Lunatic asylums in Bengal annual reports 1888-1898 - 1888-1898
Year: 1888
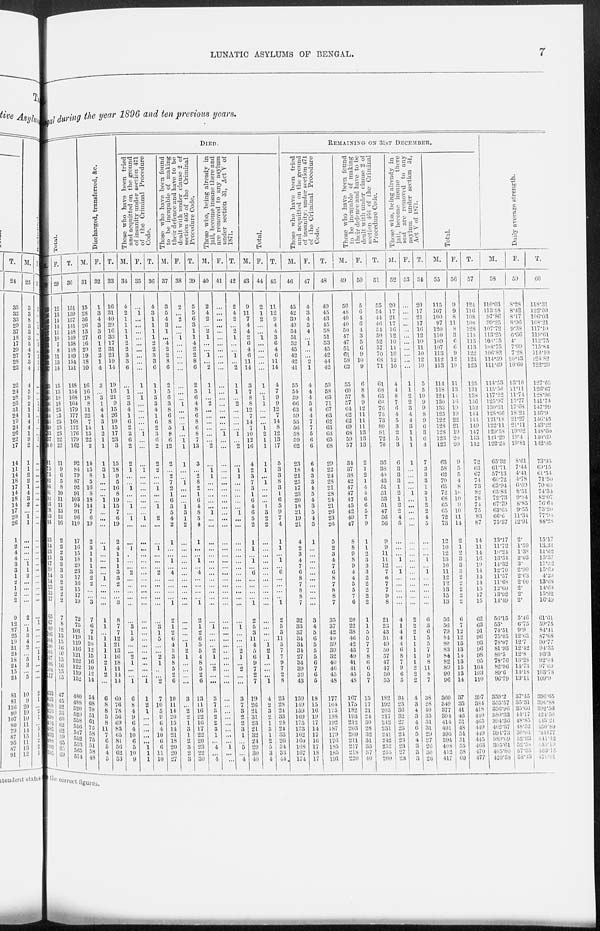
LUNATIC ASYLUMS OF BENGAL.
7
gal during the year 1896 and ten previous years.
Total.
M.
28
139
146
143
127
137
139
131
140
138
141
137
133
141
150
146
156
154
143
149
153
157
140
81
75
73
82
81
81
92
83
78
83
94
15
14
13
15
17
20
14
14
13
15
17
65
67
89
106
104
100
105
107
106
104
117
433
443
468
467
498
494
485
493
488
500
555
F.
29
12
13
14
14
11
10
7
8
11
13
14
15
13
18
18
23
23
25
23
23
22
22
11
9
6
5
8
10
11
11
13
13
16
2
2
2
3
3
3
3
2
2
2
2
7
8
12
13
15
16
16
15
16
15
15
47
45
52
53
60
62
62
59
65
65
69
T.
30
151
159
157
141
148
149
138
148
149
154
151
148
154
168
164
179
177
168
172
176
179
162
92
84
79
87
92
91
103
94
91
96
110
17
16
15
18
20
23
17 16
15
17
19
72
75
101
119
119
116
121
122
122
119
132
480
488
520
520
558
556
547
552
553
565
574
Discharged, transferred, &c.
M.
31
15
28
36
26
13
27
16
29
19
18
10
16
16
18
8
11
22
7
14
15
22
2
14
15
8
5
10
8
18
14
7
6
19
2
3
1
1
1
3
2
2
...
...
3
7
6
7
11
20
12
15
16
10
12
14
54
68
70
51
61
72
58
75
51
58
48
F.
32
1
3
4
3
3
6
1
2
2
1
4
3
...
3
1
4
4
3
1
2
1
1
1
3
1
...
...
...
1
1
...
...
...
...
1
...
...
...
...
1
...
...
...
...
1
1
...
1
1
1
1
2
1
2
...
6
8
8
5
8
11
7
6
5
4
5
T.
33
16
31
40
29
16
33
17
31
21
19
14
19
16
21
9
15
26
10
15
17
23
3
15
18
9
5
10
8
19
15
7
6
19
2
4
1
1
1
3
3
2
...
...
3
8
7
7
12
21
13
16
18
11
14
14
60
76
78
56
69
83
65
81
56
62
53
DIED.
Those who have been tried
and acquitted on the ground
of insanity under section 471
of the Criminal Procedure
Code.
M.
34
4
2
1
1
1
1
2
2
3
3
6
...
1 2
3
4
1
6
2
2
6
2
2
1
...
...
1
...
...
1
...
1
...
...
1
...
...
...
2
...
...
...
...
...
...
3
1
5
...
...
2
1
...
...
1
6
8
4
9
6
4
10
6
5
10
9
F.
35
. . .
1 ...
...
...
...
...
...
...
...
...
1
...
1
...
...
...
...
...
1
...
...
...
1
...
...
...
...
...
...
...
1
...
...
...
...
...
...
...
...
...
...
...
...
...
...
...
...
...
...
...
...
...
...
1
1
2
1
...
...
...
...
...
1
1
1
T.
36
4
3
1
1
1
1
2
2
3
3
6
1
1
3
3
4
1
6
2
3
6
2
2
2
...
...
1
...
...
1
...
2
...
...
1
...
...
...
2
...
...
...
...
...
...
3
1
5
...
...
2
1
...
...
2
7
10
5
9
6
4
10
6
6
11
10
Those who have been found
to be incapable of making
their defence and have to be
dealt with under clause 2 of
section 466 of the Criminal
Procedure Code.
M.
37
3
5
4
3
1
...
4
2
2
8
6
2
5
6
3
8
6
8
5
8
6
12
2
...
2
7
2
1
6
3
5
4
2
1
...
...
1
...
4
...
...
...
...
1
2
1
2
6
4
3
3
8
5
2
6
10
11
14
20
15
14
21
18
20
20
27
F.
38
2
...
2
...
...
1 ...
...
...
...
...
...
...
...
1
...
...
...
1 ...
1
1
1
...
...
1
...
...
...
1 3
1
2
...
...
...
...
...
...
...
...
...
...
...
...
...
...
...
1
2
1
...
...
...
...
3
...
2
2
1
3
1
2
3
2
3
T.
39
5
5
6
3
1
1
4
2
2
8
6
2
5
6
4
8
6
8
6
8
7
13
3
...
2
8
2
1
6
4
8
5
4
1
...
...
1
...
4
...
...
...
...
1
2
1
2
6
5
5
4
8
5
2
6
13
11
16
22
16
17
22
20
23
22
30
Those
who, being already in
jail, become insane there and
are removed to any asylum
under section 31, Act V of
1871.
M.
40
2
4
2
...
2
1
...
...
1
...
2
1
1
...
2
...
...
...
...
...
...
2
...
1
1
...
...
...
...
...
1
...
...
...
...
...
...
...
...
...
...
...
...
...
...
1
...
...
...
2
1
...
2
...
...
3
7
3
2
2
3
1
...
4
...
4
F.
41
...
...
...
...
...
...
...
...
...
...
...
...
...
...
...
...
...
...
...
1
...
...
...
...
...
...
...
...
...
...
...
...
...
...
...
...
...
...
...
...
...
...
...
...
...
...
...
...
...
...
...
...
...
...
...
...
...
...
...
...
...
...
...
1
...
...
T.
42
2
4
2
...
2
1
...
...
1
...
2
1
1
...
2
...
...
...
...
1
...
2
...
1
1
...
...
...
...
...
1
...
...
...
...
...
...
...
...
...
...
...
...
...
...
1
...
...
... 2
1
...
2
...
...
3
7
3
2
2
3
1
...
5
...
4
Total.
M.
43
9
11
7
4
4
2
6
4
6
11
14
3
7
8
8
12
7
14
7
10
12
16
4
2
3
7
3
1
6
4
6
5
2
1
1
...
1
...
6
...
...
...
...
1
2
5
3
11
4
5
6
9
7
2
7
19
26
21
31
23
21
32
24
29
30
40
F.
44
2
1
2
...
...
1
...
...
...
...
...
1
...
1
1
...
...
...
1
2
1
1
1
1
...
1
...
...
...
1
3
2
2
...
...
...
...
...
...
...
...
...
...
...
...
...
...
... 1
2
1
...
...
...
1
4
2
3
2
1
3
1
2
5
3
4
T.
45
11
12
9
4
4
3
6
4
6
11
14
4
7
9
9
12
7
14
8
12
13
17
5
3
3
8
3
1
6
5
9
7
4
1
1
...
1
...
6
...
...
...
...
1
2
5
3
11
5
7
7
9
7
2
8
23
28
24
33
24
24
33
26
34
33
44
REMAINING ON 31ST DECEMBER.
Those who have been tried
and acquitted on the ground
of insanity, under section 471
of the Criminal Procedure
Code.
M.
46
45
42
39
40
54
51
52
45
42
42
41
55
54
59
66
63
59
55
56
58
59
62
23
18
21
25
17
23
20
18
21
19
21
4
2
3
4
7
6
8
7
8
8
7
32
33
37
34
34
34
27
34
39
39
43
159
149
159
169
175
173
162
160
168
167
174
F.
47
4
3
4
5
4
...
1
...
...
2
1
4
4
4
5
4
4
7
7
5
6
6
6
4
3
3
4
5
4
3
5
4
5
1
...
...
...
...
...
...
...
...
...
...
3
4
5
6
5
5
5
6
7
6
5
18
15
16
19
17
14
17
16
17
18
17
T.
48
49
45
43
45
58
51
53
45
42
44
42
59
58
63
71
67
63
62
63
63
65
68
29
22
24
28
21
28
24
21
26
23
26
5
2
3
4
7
6
8
7
8
8
7
35
37
42
40
39
39
32
40
46
45
48
177
164
175
188
192
187
179
176
185
185
191
Those who have been found
to be incapable of making
their defence and have to be
dealt with under clause 2 of
section 466 of the Criminal
Procedure Code.
M.
49
50
48
40
40
50
47
47
51
61
58
62
55
60
57
57
64
62
62
69
68
59
57
34
37
38
42
47
47
47
45
42
49
47
8
8
9
8
9
4
4
5
5
7
6
20
22
38
46
42
43
49
41
41
45
48
167
175
182
193
212
203
209
211
217
218
220
F.
50
5
6
4
6
4
3
5
6
9
10
9
6
8
8
9
12
11
11
11
13
13
13
2
1
2
1
4
4
6
6
5
7
9
1
1
2
3
3
3
2
2
2
2
2
1
1
5
5
7
7
8
6
6
5
7
15
17
21
24
30
28
32
31
35
37
40
T.
51
55
54
44
46
54
50
52
57
70
68
71
61
68
65
66
76
73
73
80
81
72
70
36
38
40
43
51
51
53
51
47
56
56
9
9
11
11
12
7
6
7
7
9
8
21
23
43
51
49
50
57
47
47
50
55
182
192
203
217
242
231
241
242
252
255
260
Those who, being already in
jail, become insane there
and
are removed to any
asylum
under section 31,
Act V of 1871.
M.
52
20
17
21
17
16
12
10
11
10
12
10
4
4
8
7
6
4
5
3
2
5
3
6
3
3
3
1
2
1 2
2
4
5
...
...
...
1 ...
1
...
...
...
...
...
4
1
4
4
4
6
8
7
9
6
5
34
25
36
32
27
25
24
23
23
27
23
F.
53
...
...
...
...
...
...
...
...
...
...
...
1
1
2
2
3
4
4
3
1
1
1
1
...
...
...
...
1
...
...
...
...
...
...
...
...
...
...
...
...
...
...
...
...
2
2
2
1 1
1
1
1
2
2
2
4
3
4
3
4
6
5
4
3
3
3
T.
54
20
17
21
17
16
12
10
11
10
12
10
5
5
10
9
9
8
9
6
3
6
4
7
3
3
3
1
3
1
2
2
4
5
...
...
...
1
...
1
...
...
...
...
...
6
3
6
5
5
7
9
8
11
8
7
38
28
40
35
31
31
29
27
26
30
26
Total.
M.
55
115
107
100
97
120
110
109
107
113
112
113
114
118
124
130
133
125
122
128
128
123
122
63
58
62
70
65
72
68
65
65
72
73
12
10
12
13
16
11
12
12
13
15
13
56
56
79
84
80
83
84
82
89
90
96
360
349
377
394
414
401
395
394
408
412
417
F.
56
9
9
8
11
8
3
6
6
9
12
10
11
13
14
16
19
19
22
21
19
20
20
9
5
5
4
8
10
10
9
10
11
14
2
1
2
3
3
3
2
2
2
2
2
6
7
12
12
13
13
14
13
15
13
14
37
35
41
46
51
48
54
51
55
58
60
T.
57
124
116
108
108
128
113
115
113
122
124
123
125
131
138
146
152
144
144
149
147
143
142
72
63
67
74
73
82
78
74
75
83
87
14
11
14
16
19
14
14
14
15
17
15
62
63
91
96
93
96 98
95
104
103
110
397
384
418
440
465
449
449
445
463
470
477
Daily average strength.
M.
58
110.03
113.58
97.86
99.25
107.72
113.25
108.75
108.75
106.82
114.39
111.69
114.53
115.56
117.22
125.97
130.31
128.66
121.18
122.11
129.58
121.29
122.24
65.32
61.71
57.13
66.72
63.94
65.83
72.73
67.79
63.65
66.6
75.37
13.17
11.72
10.24
13.34
14.32
12.70
11.57
11.68
12.60
13.92
14.49
56.15
53.
74.51
75.05
78.07
81.93 80.5
78.76
82.96
89.6
96.79
359.2
355.57
356.96
380.33
394.36
402.37
394.73
389.69
395.61
405.80
420.38
F.
59
8.28
8.42
8.17
8.96
9.38
6.36
4.
7.09
7.28
10.43
10.60
13.10
11.11
11.74
15.77
17.68
18.24
21.27
21.11
19.02
19.4
19.81
8.61
7.44
4.41
4.78
6.09
8.51
9.34
8.85
9.55
11.34
12.91
2.
1.59
1.38
2.03
3.
2.99
2.63
2.00
2.
2.
2.
5.46
6.75
9.9
12.68
12.7
12.42 12.8
13.28
14.73
14.18
13.11
37.45
35.31
35.60
44.17
18.85
18.52
50.04
52.33
52.38
57.35
58.13
T.
60
118.31
122.00
106.03
108.21
117.10
119.61
112.75
115.84
114.10
124.82
122.29
127.63
126.67
128.96
141.74
147.99
146.90
146.45
143.22
148.60
140.69
142.05
73.93
69.15
61.54
71.50
70.03
74.34
82.07
76.64
73.20
77.94
88.28
15.17
13.34
11.62
15.37
17.32
15.69
14.20
13.68
14.60
15.92
16.49
61.61
59.75
84.41
87.68
90.77
94.35 93.3
92.04
97.69
103.78
109.9
396.65
390.88
302.56
424.50
413.21
420.89
444.77
442.02
447.99
463.15
478.51
the
correct
figures.